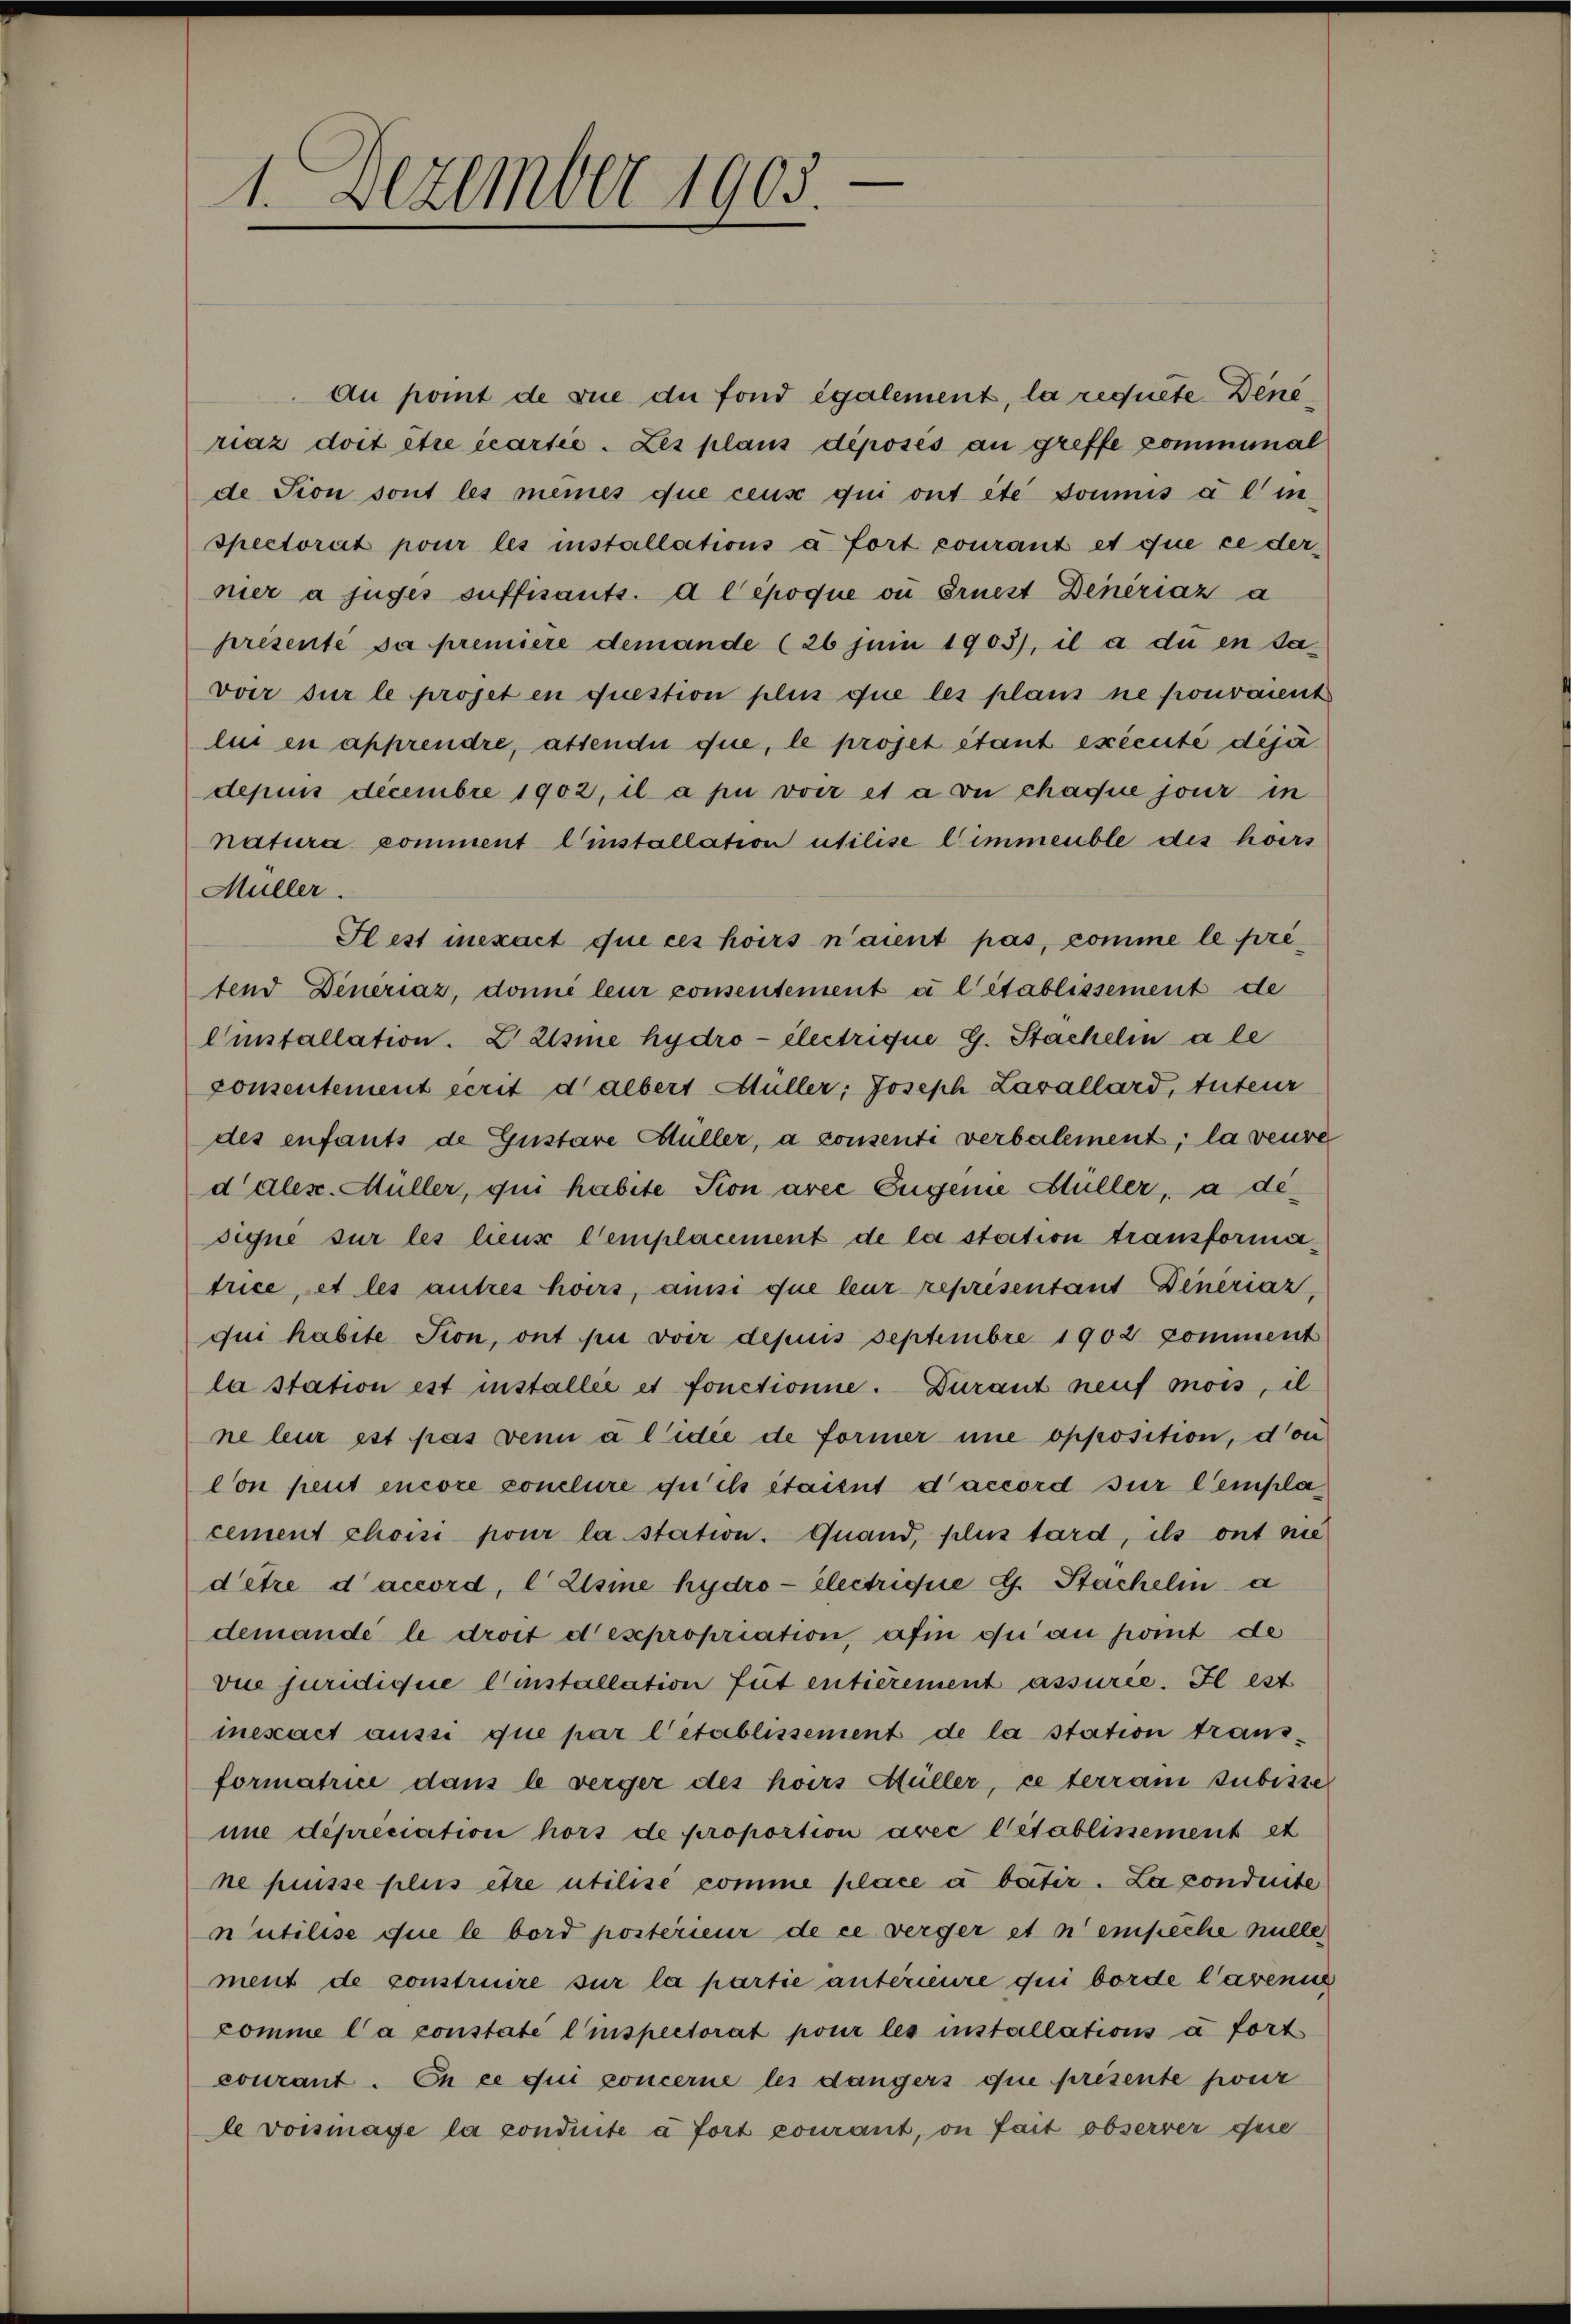
1. Dezember 1903.

au point de sue du fond également, la requete Deneriaz doit être écartie. Les plans déposés au greffe communal
de Fion sont les meines que ceux qui ont été soumis à l’in-
spectorat pour les installations à fort courant et que ce der
nier à juges suffisants. d Cépoque ou Ernest Denériaz a
présente sa première demande (26 juni 1903), il a du en davoir sur le projet en question plus que les plans ne pouvaient
lui en apprendre, assendii que, le projet étant exécuté déjà
depius decembre 1902, il a pu voir et a ou chaque jour in
natura comment l’installation utilise immeuble des hörs
Müller.
tend Dinériaz, donné leur consentement à l’établissement de
Cistallation. ZZsme hydro- électrique G. Stackelin ale
consentement écrit dalbert Müller, Joseph Lavallard, tuteur
des enfants de Gustare Hüller, a consenti verbalement; la veure
ddles. Müller, qui habite Sion avec Eugenie Hüller, a designe sur les lieux Cemplacement de la station transformatrice, et les autres hoirs, ansi que leur reprisentant Deneriaz,
qui habite Sion, ont pu voir depuis Septembre 1902 komment
la station est installee et fonctionne. Durant neuf mois, il
ne leur est pas wenn a lidie de former une opposition, don
Con perit encore conclure que ils étaient d’accord für Cemplacement choisi pour la station. Quand, plus tard, ils ont nie
detre d’accord, l Elsine hydro- électrique d. Stachelin a
demandé le droit despropriation, afin qui au port de
vue juridique l’installation fut entièrement assuree. Il est
inexact aussi que par l’établissement de la station transformatrice dans le verger des hoirs Müller, ce terram subisse
nne dépréciation hors de proportion avec l’établissement et
ne puisse plus être utilise comme place a beiter. La conduite
nutilise que le bord postérieur de ce verger et n’empêche nulle
ment de construire sur la partie antérieure qui borde l’avenie
komme la constate l’inspectorat pour les installations à fort
courant. En ce qui concerne les dangers que présente pour
le voisinage la conduite à fort courant, on fait observer quie

Flest inexact que ces hoirs n’aient pas, comme le pré¬